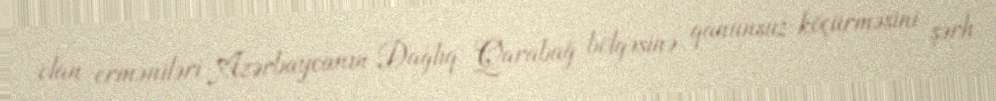
olan erməniləri Azərbaycanın Dağlıq Qarabağ bölgəsinə qanunsuz köçürməsini şərh